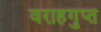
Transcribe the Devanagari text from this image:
वराहगुप्त